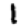
Digit: 1